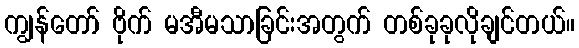
ကျွန်တော် ဗိုက် မအီမသာခြင်းအတွက် တစ်ခုခုလိုချင်တယ်။